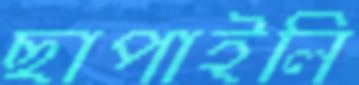
ছাপাইলি